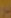
بر